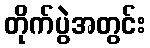
တိုက်ပွဲအတွင်း